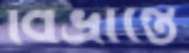
বিভ্রান্তে